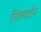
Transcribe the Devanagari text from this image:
सिल्वर्टन